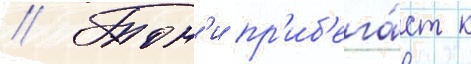
// Тон'и пр'иб'ега́ет к